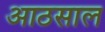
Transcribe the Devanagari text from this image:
आठसाल